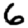
Digit: 6